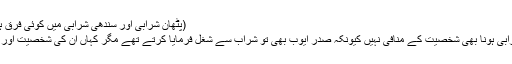
(پٹھان شرابی اور سندھی شرابی میں کوئی فرق ہونا چاہئے)
’’صرف شرابی ہونا بھی شخصیت کے منافی نہیں کیونکہ صدر ایوب بھی تو شراب سے شغل فرمایا کرتے تھے مگر کہاں ان کی شخصیت اور کہاں بھٹو ۔